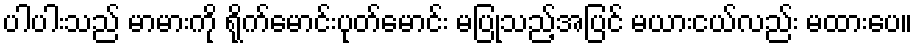
ပါပါးသည် မာမားကို ရိုက်မောင်းပုတ်မောင်း မပြုသည့်အပြင် မယားငယ်လည်း မထားပေ။